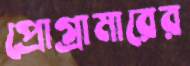
প্রোগ্রামারের